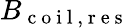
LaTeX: B_{\mathrm{~c~o~i~l~},\mathrm{~r~e~s~}}